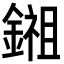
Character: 鎺